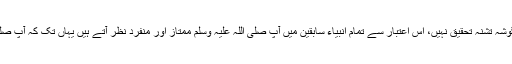
پیغمبر اسلام کی سیرت طیبہ کا ایک اعجازی پہلو یہ بھی ہے کہ آپ کی حیات مبارکہ کا کوئی گوشہ تشنہ تحقیق نہیں، اس اعتبار سے تمام انبیاء سابقین میں آپ صلی اللہ علیہ وسلم ممتاز اور منفرد نظر آتے ہیں یہاں تک کہ آپ صلی اللہ علیہ وسلم کی خانگی اور عائلی زندگی کے چھوٹے بڑے واقعات تک کتابوں میں درج ہیں۔